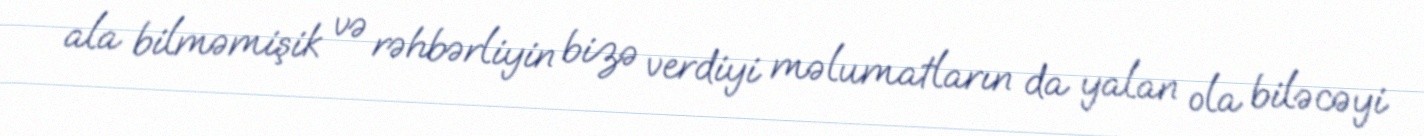
ala bilməmişik və rəhbərliyin bizə verdiyi məlumatların da yalan ola biləcəyi